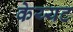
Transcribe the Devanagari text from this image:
केय्यट